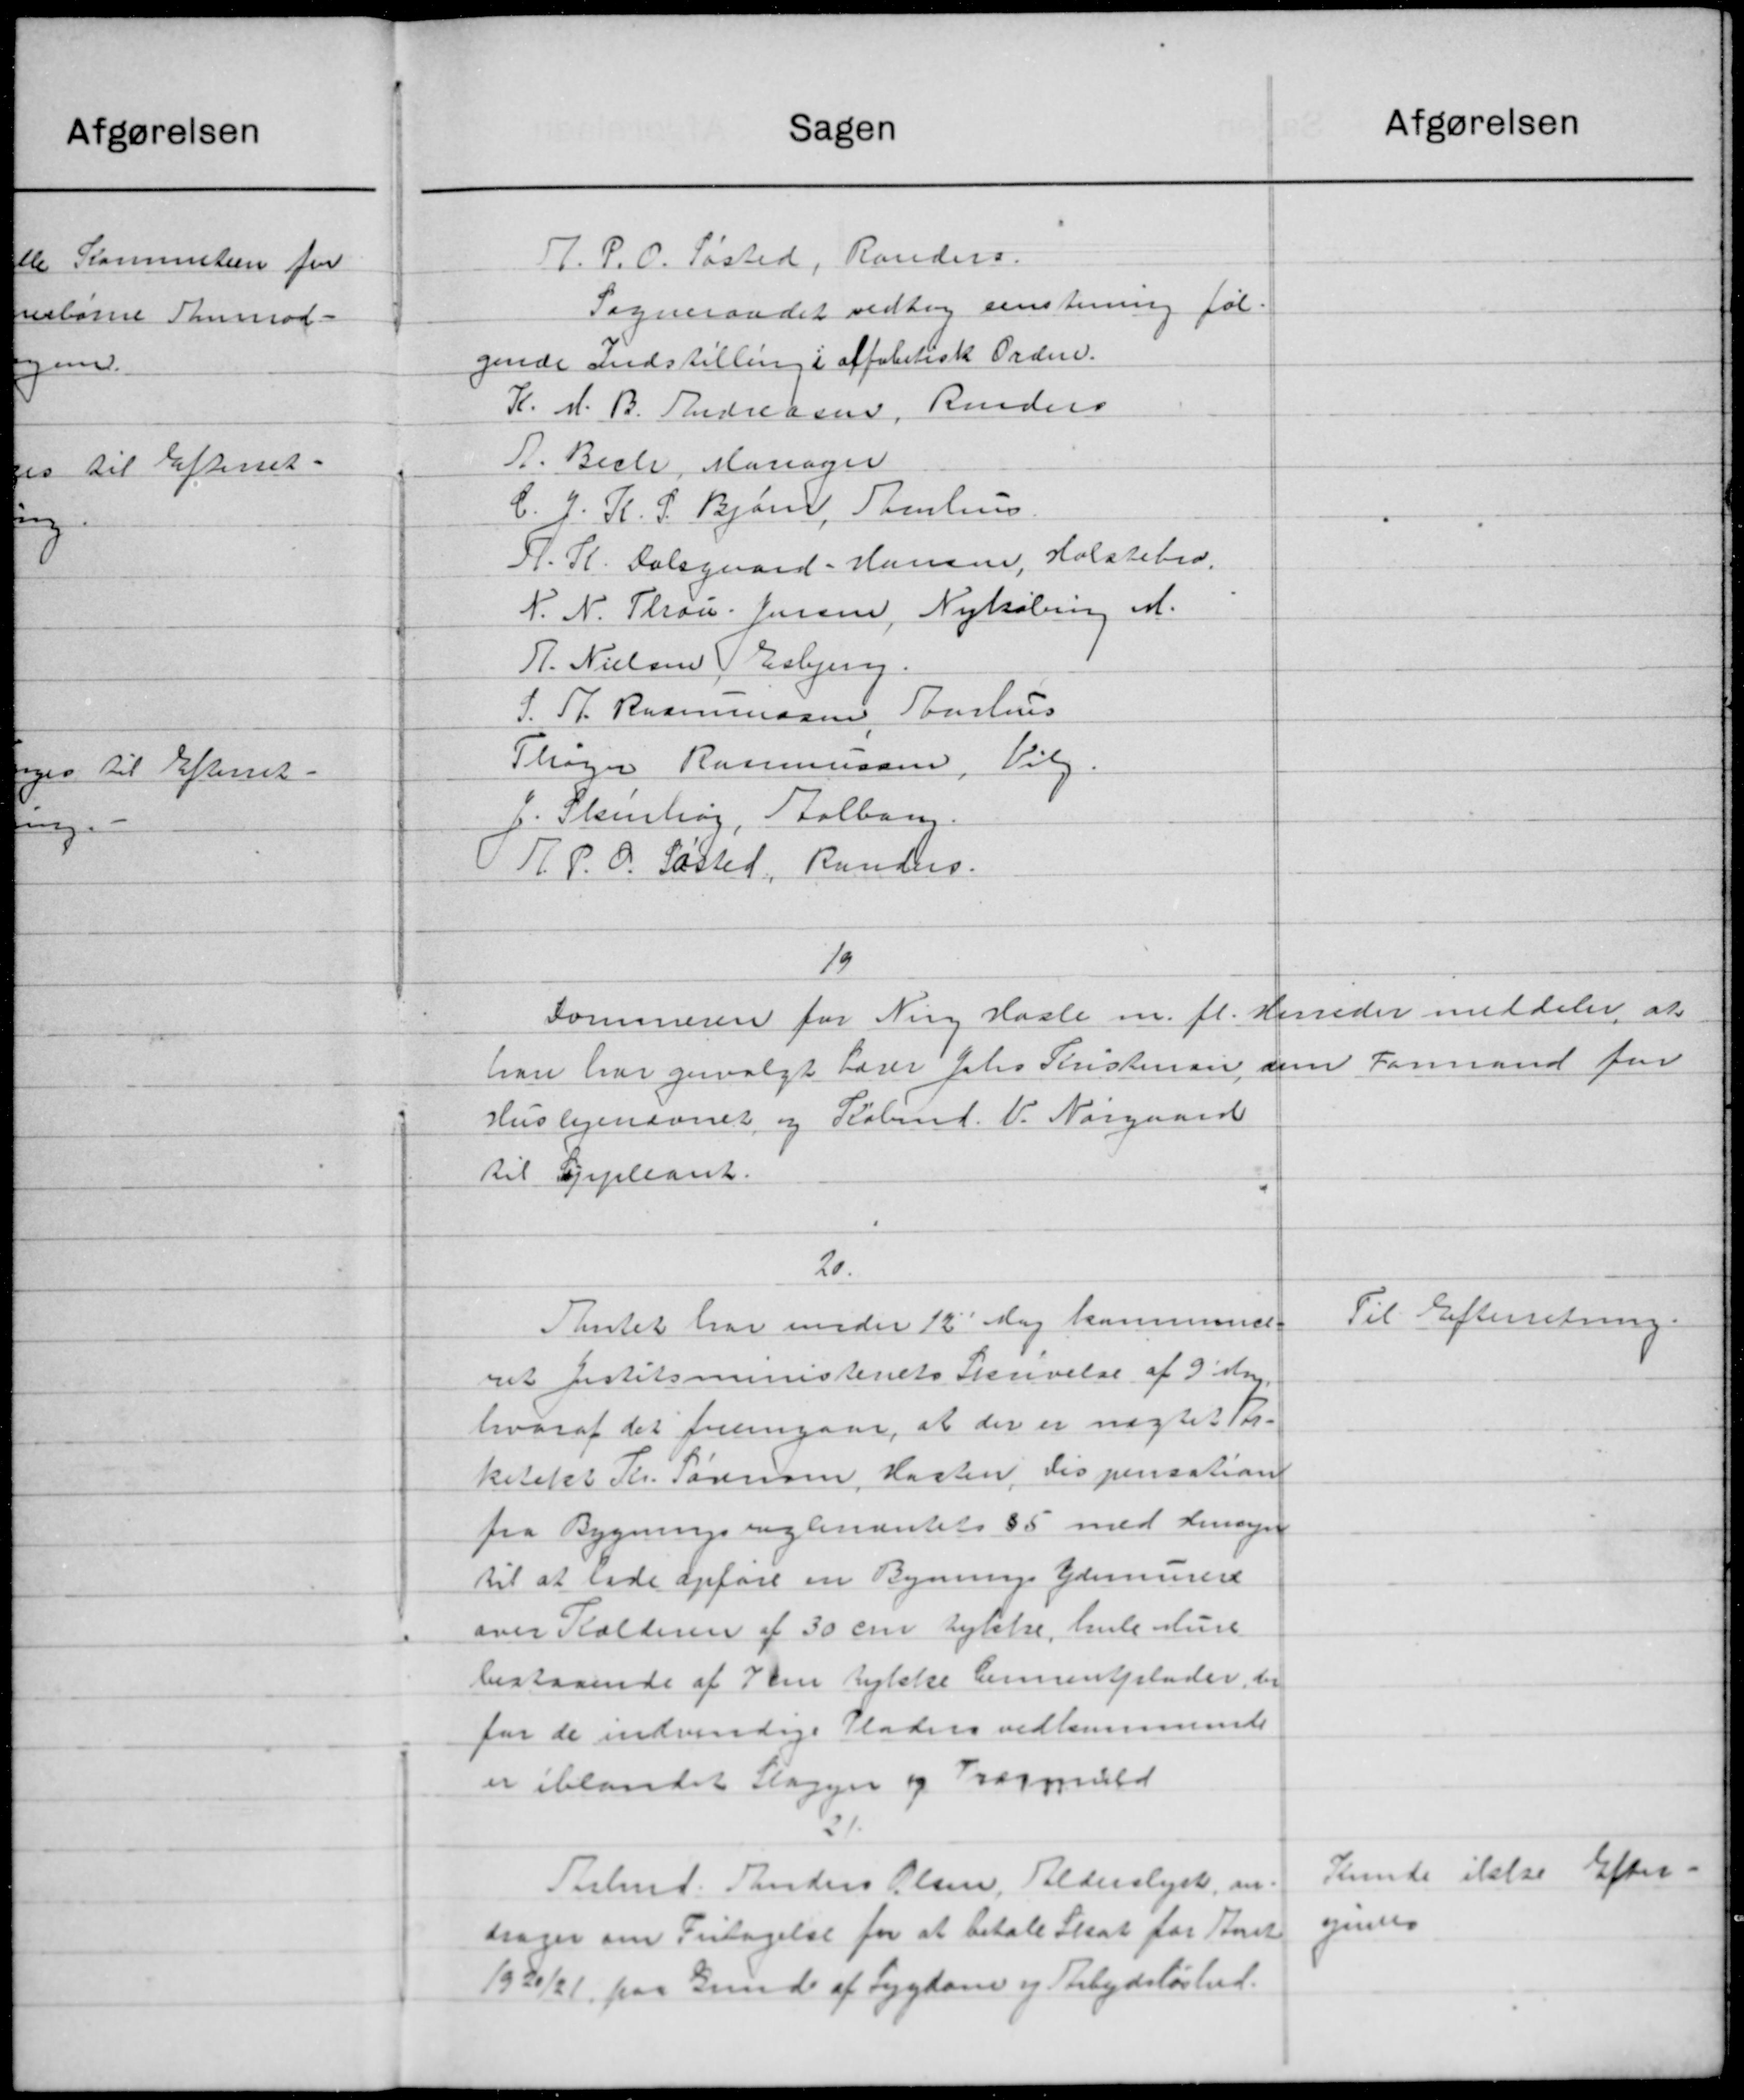
Transskription:
Atgørelsen
Sagen
J. P. C. Søsted, Randers
Sogneraadet vedtog eenstemmig føl-
gende Indstilling i affabetisk Ordne.
K. H. B. Andreasen, Randers
A. Bech, Mariager
C. J. R. P. Bjørn, Stenhus
H. R. Dalsgaard-Hansen, Holstebro.
N. N. Thou. Jensen, Nykøbing M.
R. Nielsen Esbjerg.
J. Th. Rasmussen, Aarhus
Thøger Rasmussen, Vilg.
f. Steinhøj, Stolborg
J. H. P. O. Lasted, Randers.
1/9
Sommeren for Ning Hasle m. fl. Herreder meddeler at
han har genvalgt Lærer Jens Kristensen som Formand for
Huslejenævnet og Købmd. V. Nørgaard
til Suppleant.
20.
Til Efterretning.
Amtet har under 12 Maj kommende
ret Justitsministeriets Skrivelse af 9´ dag.
hvoraf det fremgaar, at der er nægtet For-
ketalet Kr. Sørensen, Hasten, Tispensation
fra Bygningsreglementets 85 med Hensyn
til at lade opføre en Bygnings Ydemurere
over Rolderen af 30 cm tykke, hule Hure
bestaaende af de tykke Cementplader, der
for de indvendige Pladers vedkommende
er iblandet Slagger og Tragmuld
21.
Kunde elle Efter.
Turbmd. Anders Olsen, Alderslyst, om
Jense
drager om Fritagelse for at betale Skat for Aaret
1920/21 paa Grund af Sygdom og Arbejdsløshed.